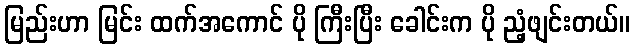
မြည်းဟာ မြင်း ထက်အကောင် ပို ကြီးပြီး ခေါင်းက ပို ညံ့ဖျင်းတယ်။